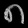
Digit: ၈